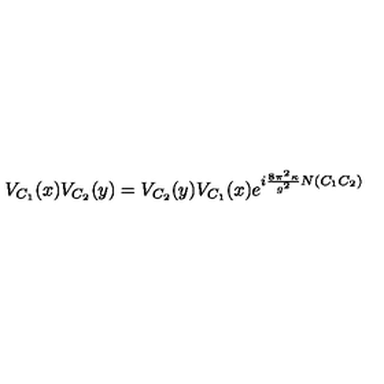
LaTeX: V _ { C _ { 1 } } ( x ) V _ { C _ { 2 } } ( y ) = V _ { C _ { 2 } } ( y ) V _ { C _ { 1 } } ( x ) e ^ { i \frac { 8 \pi ^ { 2 } \kappa } { g ^ { 2 } } N ( C _ { 1 } C _ { 2 } ) }